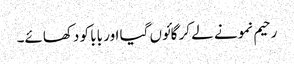
رحیم نمونے لے کر گائوں گیا اور بابا کو دکھائے۔